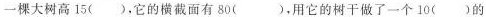
一棵大树高15( )，它的横截面有80( )，用它的树干做了一个10( )的